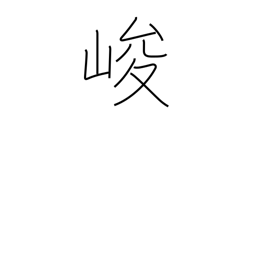
Meaning: steep